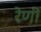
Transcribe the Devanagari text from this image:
रेणी